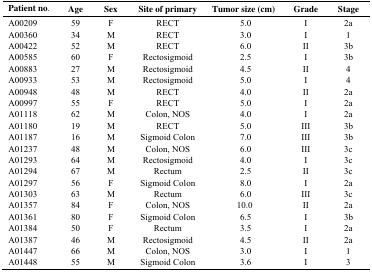
| Patient no. | Age | Sex | Site of primary | Tumor size (cm) | Grade | Stage |
 | --- | --- | --- | --- | --- | --- | --- |
 | A00209 | 59 | F | RECT | 5.0 | I | 2a |
 | A00360 | 34 | M | RECT | 3.0 | I | 1 |
 | A00422 | 52 | M | RECT | 6.0 | II | 3b |
 | A00585 | 60 | F | Rectosigmoid | 2.5 | I | 3b |
 | A00883 | 27 | M | Rectosigmoid | 4.5 | II | 4 |
 | A00933 | 53 | M | Rectosigmoid | 5.0 | I | 4 |
 | A00948 | 48 | M | RECT | 4.0 | II | 2a |
 | A00997 | 55 | F | RECT | 5.0 | I | 2a |
 | A01118 | 62 | M | Colon, NOS | 4.0 | I | 2a |
 | A01180 | 19 | M | RECT | 5.0 | III | 3b |
 | A01187 | 16 | M | Sigmoid Colon | 7.0 | III | 3b |
 | A01237 | 48 | M | Colon, NOS | 6.0 | III | 3c |
 | A01293 | 64 | M | Rectosigmoid | 4.0 | I | 3c |
 | A01294 | 67 | M | Rectum | 2.5 | II | 3c |
 | A01297 | 56 | F | Sigmoid Colon | 8.0 | I | 2a |
 | A01303 | 63 | M | Rectum | 6.0 | III | 3c |
 | A01357 | 84 | F | Colon, NOS | 10.0 | II | 2a |
 | A01361 | 80 | F | Sigmoid Colon | 6.5 | I | 3b |
 | A01384 | 50 | F | Rectum | 3.5 | I | 2a |
 | A01387 | 46 | M | Rectosigmoid | 4.5 | II | 2a |
 | A01447 | 66 | M | Colon, NOS | 3.0 | I | 1 |
 | A01448 | 55 | M | Sigmoid Colon | 3.6 | I | 3 |